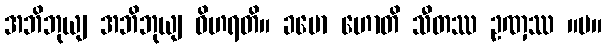
အဘိဘုယျ အဘိဘုယျ ဝိဟရတိ။ ခမော ဟောတိ သီတဿ ဥဏှဿ ။ပ။